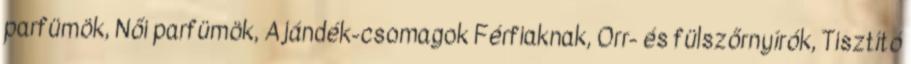
parfümök, Női parfümök, Ajándék-csomagok Férfiaknak, Orr- és fülszőrnyírók, Tisztító